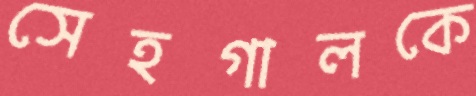
সেহগালকে